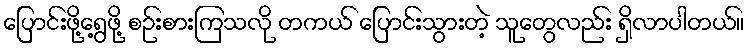
ပြောင်းဖို့ရွေ့ဖို့ စဉ်းစားကြသလို တကယ် ပြောင်းသွားတဲ့ သူတွေလည်း ရှိလာပါတယ်။